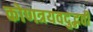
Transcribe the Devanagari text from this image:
कोणत्रयवदुद्भवी